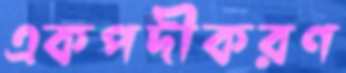
একপদীকরণ